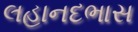
લહાનદભાસ